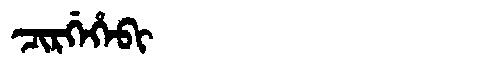
Manchu: ᠴᡳᡵᡤᡝᡥᡝᠪᡳ
Romanization: CIRGEHEBI